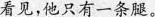
看见，他只有一条腿。